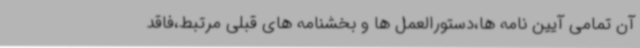
آن تمامی آیین نامه ها،دستورالعمل ها و بخشنامه های قبلی مرتبط،فاقد